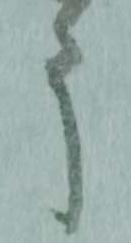
う